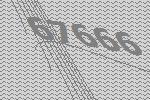
67666